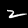
Digit: 2